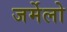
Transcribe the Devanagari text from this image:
जर्मेलो